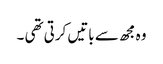
وہ مجھ سے باتیں کرتی تھی ۔